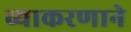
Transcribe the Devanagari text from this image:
व्याकरणाने